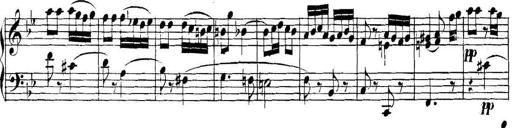
Title: Collected Piano Sonatas
Composer: Muzio Clementi